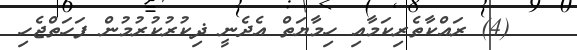
(4) ރައްކާތެރިކަމާއި ހިމާޔަތް އެދެނީ ޛިކުރުކުރުމުން ފަހަތްޖެހި